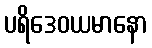
ပရိဒေဝယမာနော